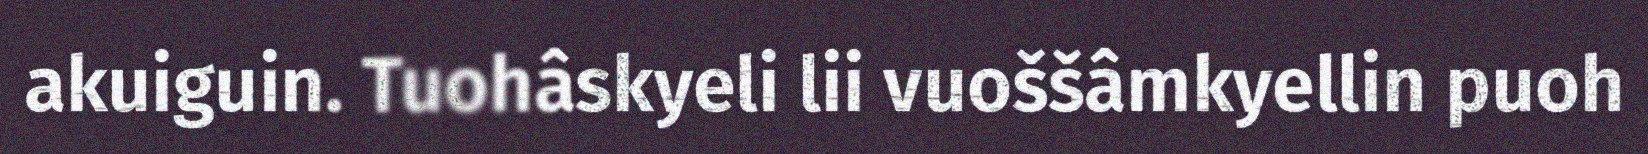
akuiguin. Tuohâskyeli lii vuoššâmkyellin puoh